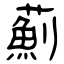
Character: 薊